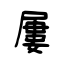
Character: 屢